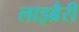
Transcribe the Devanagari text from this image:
लाइब्रैरी